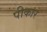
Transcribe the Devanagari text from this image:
पीकार